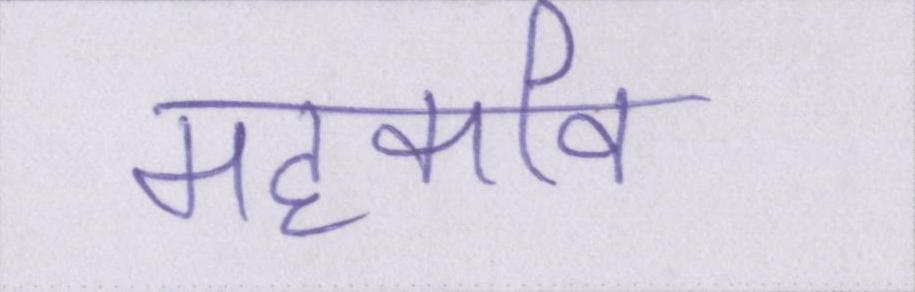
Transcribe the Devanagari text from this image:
महाकवि